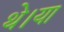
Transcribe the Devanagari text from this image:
थे।या